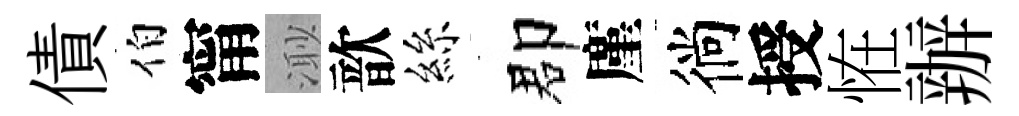
債伯甯𣺌歆絲郡廑徜授恠辦